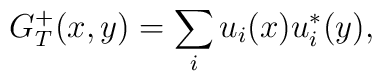
G_{T}^{+}(x,y)=\sum_iu_i(x)u^*_i(y),